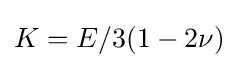
K=E/3(1-2\nu )